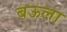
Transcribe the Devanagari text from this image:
बऊला